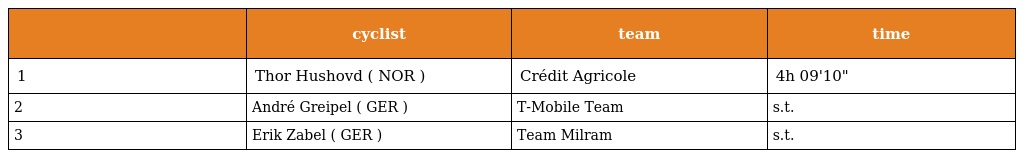
|  | cyclist | team | time |
 | --- | --- | --- | --- |
 | 1 | Thor Hushovd ( NOR ) | Crédit Agricole | 4h 09'10" |
 | 2 | André Greipel ( GER ) | T-Mobile Team | s.t. |
 | 3 | Erik Zabel ( GER ) | Team Milram | s.t. |